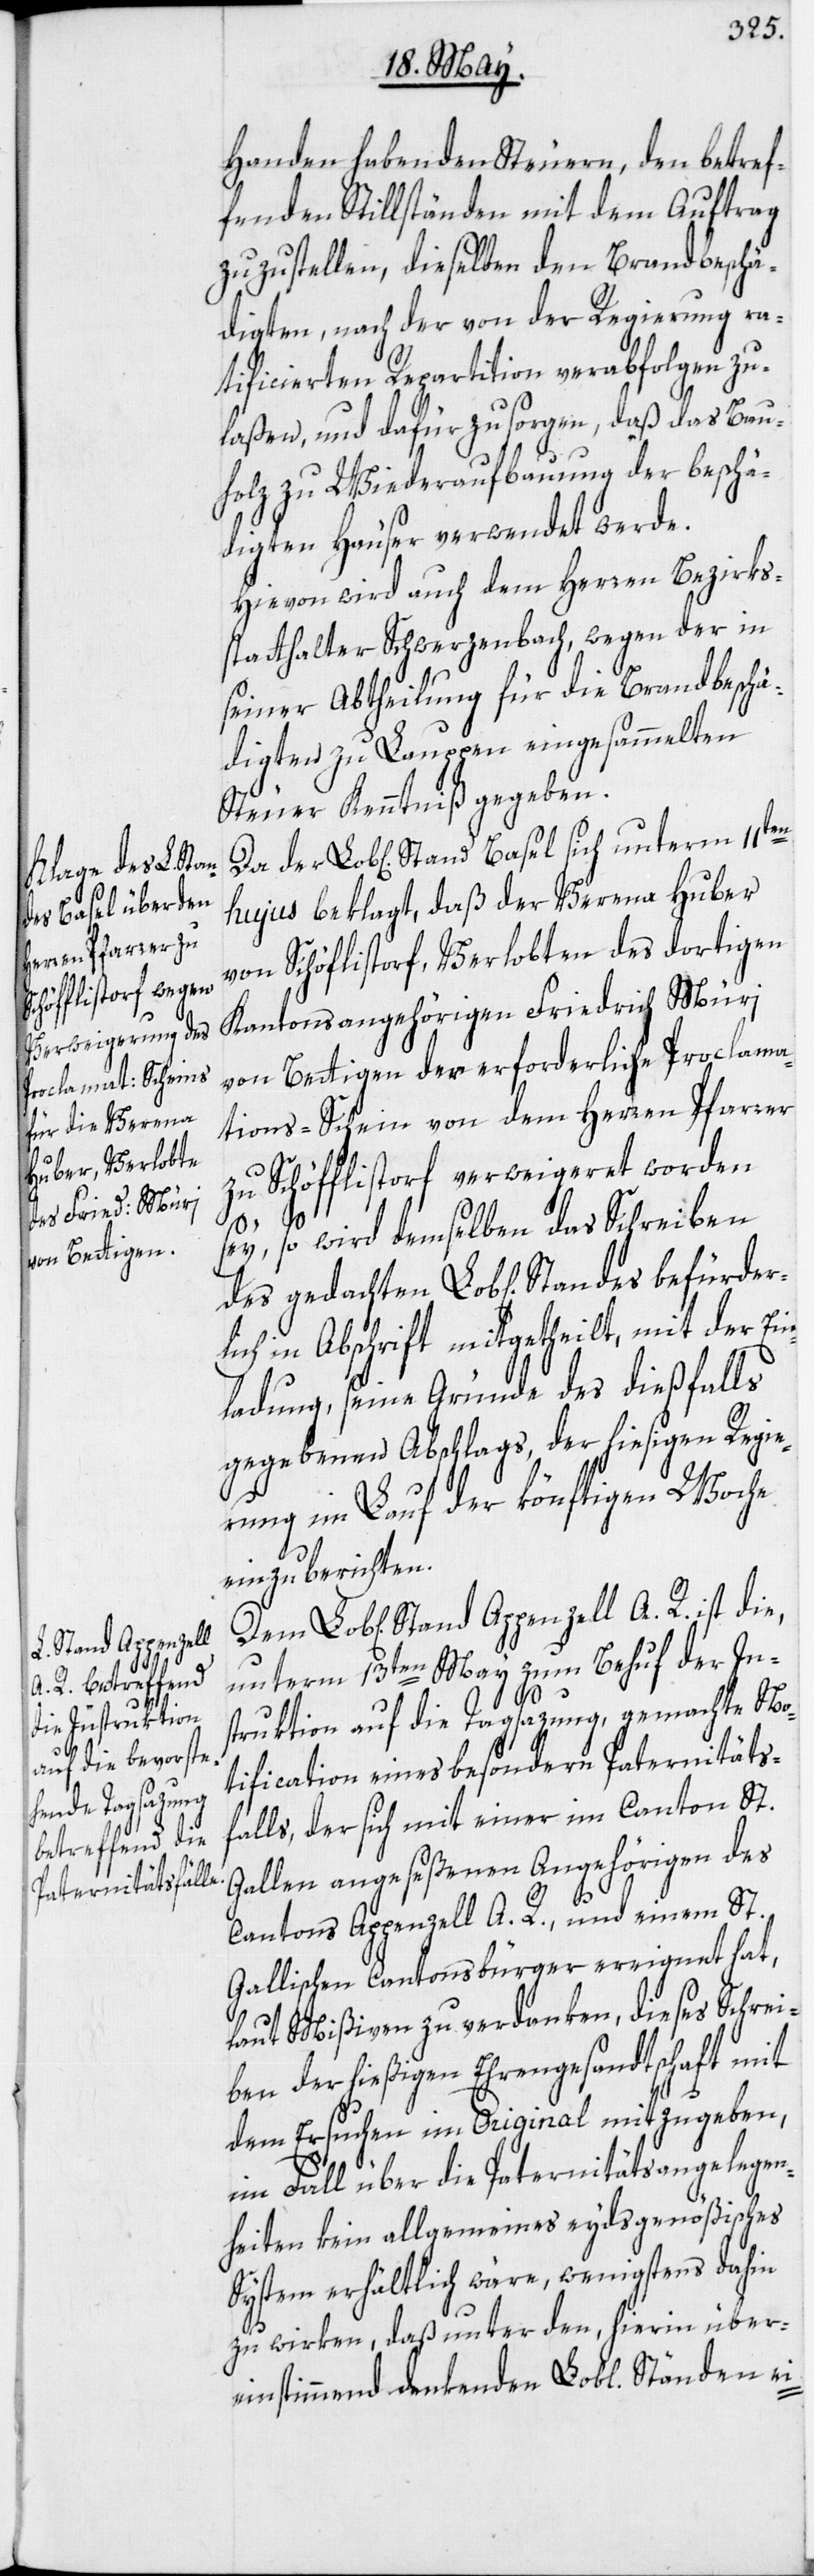
fürder¬
Stand Appenzell

Handen habenden Steuern, den betref¬
fenden Stillständen mit dem Auftrag
zuzustellen, dieselben den Brandbeschä¬
digten, nach der von der Regierung ra¬
tificierten Repartition verabfolgen zu
laßen, und dafür zu sorgen, daß das Bau¬
holz zu Wiederaufbauung der beschä¬
digten Häuser verwendet werde.
Hievon wird auch dem Herren Bezirks¬
statthalter Schwerzenbach, wegen der in
seiner Abtheilung für die Brandbeschä¬
digten zu Lauppen eingesammelten
Steuer Kenntniß gegeben.
hujus beklagt, daß der Verena Huber
von Schöf[f]listorf, Verlobten des dortigen
Kantonsangehörigen Friedrich Müri
von Bettigen der erforderliche Proclama¬
tions-Schein von dem Herren Pfarrer
zu Schöfflistorf verweigeret worden
sey, so wird demselben das Schreiben
lich in Abschrift mitgetheilt, mit der Ein¬
ladung, seine Gründe des dießfalls
gegebenen Abschlags, der hiesigen Regie¬
rung im Lauf der könftigen Woche
einzuberichten.
unterm 13ten May zum Behuf der In¬
struktion auf die Tagsazung, gemachte Mo¬
dification eines besondern Paternitäts¬
falls, der sich mit einer im Canton St.
Gallen angeseßenen Angehörigen des
Cantons Appenzell A. R., und einem St.
Gallischen Cantonsbürger ereignet hat,
laut Mißiven zu verdanken, dieses Schrei¬
ben der hießigen Ehrengesandtschaft mit
dem Ersuchen im Original mitzugeben,
im Fall über die Paternitätsangelegen¬
heiten kein allgemeines eydsgenößisches
System erhältlich wäre, wenigstens dahin
zu wirken, daß unter den, hierin über¬
einstimmend denkenden Lobl. Ständen ei-